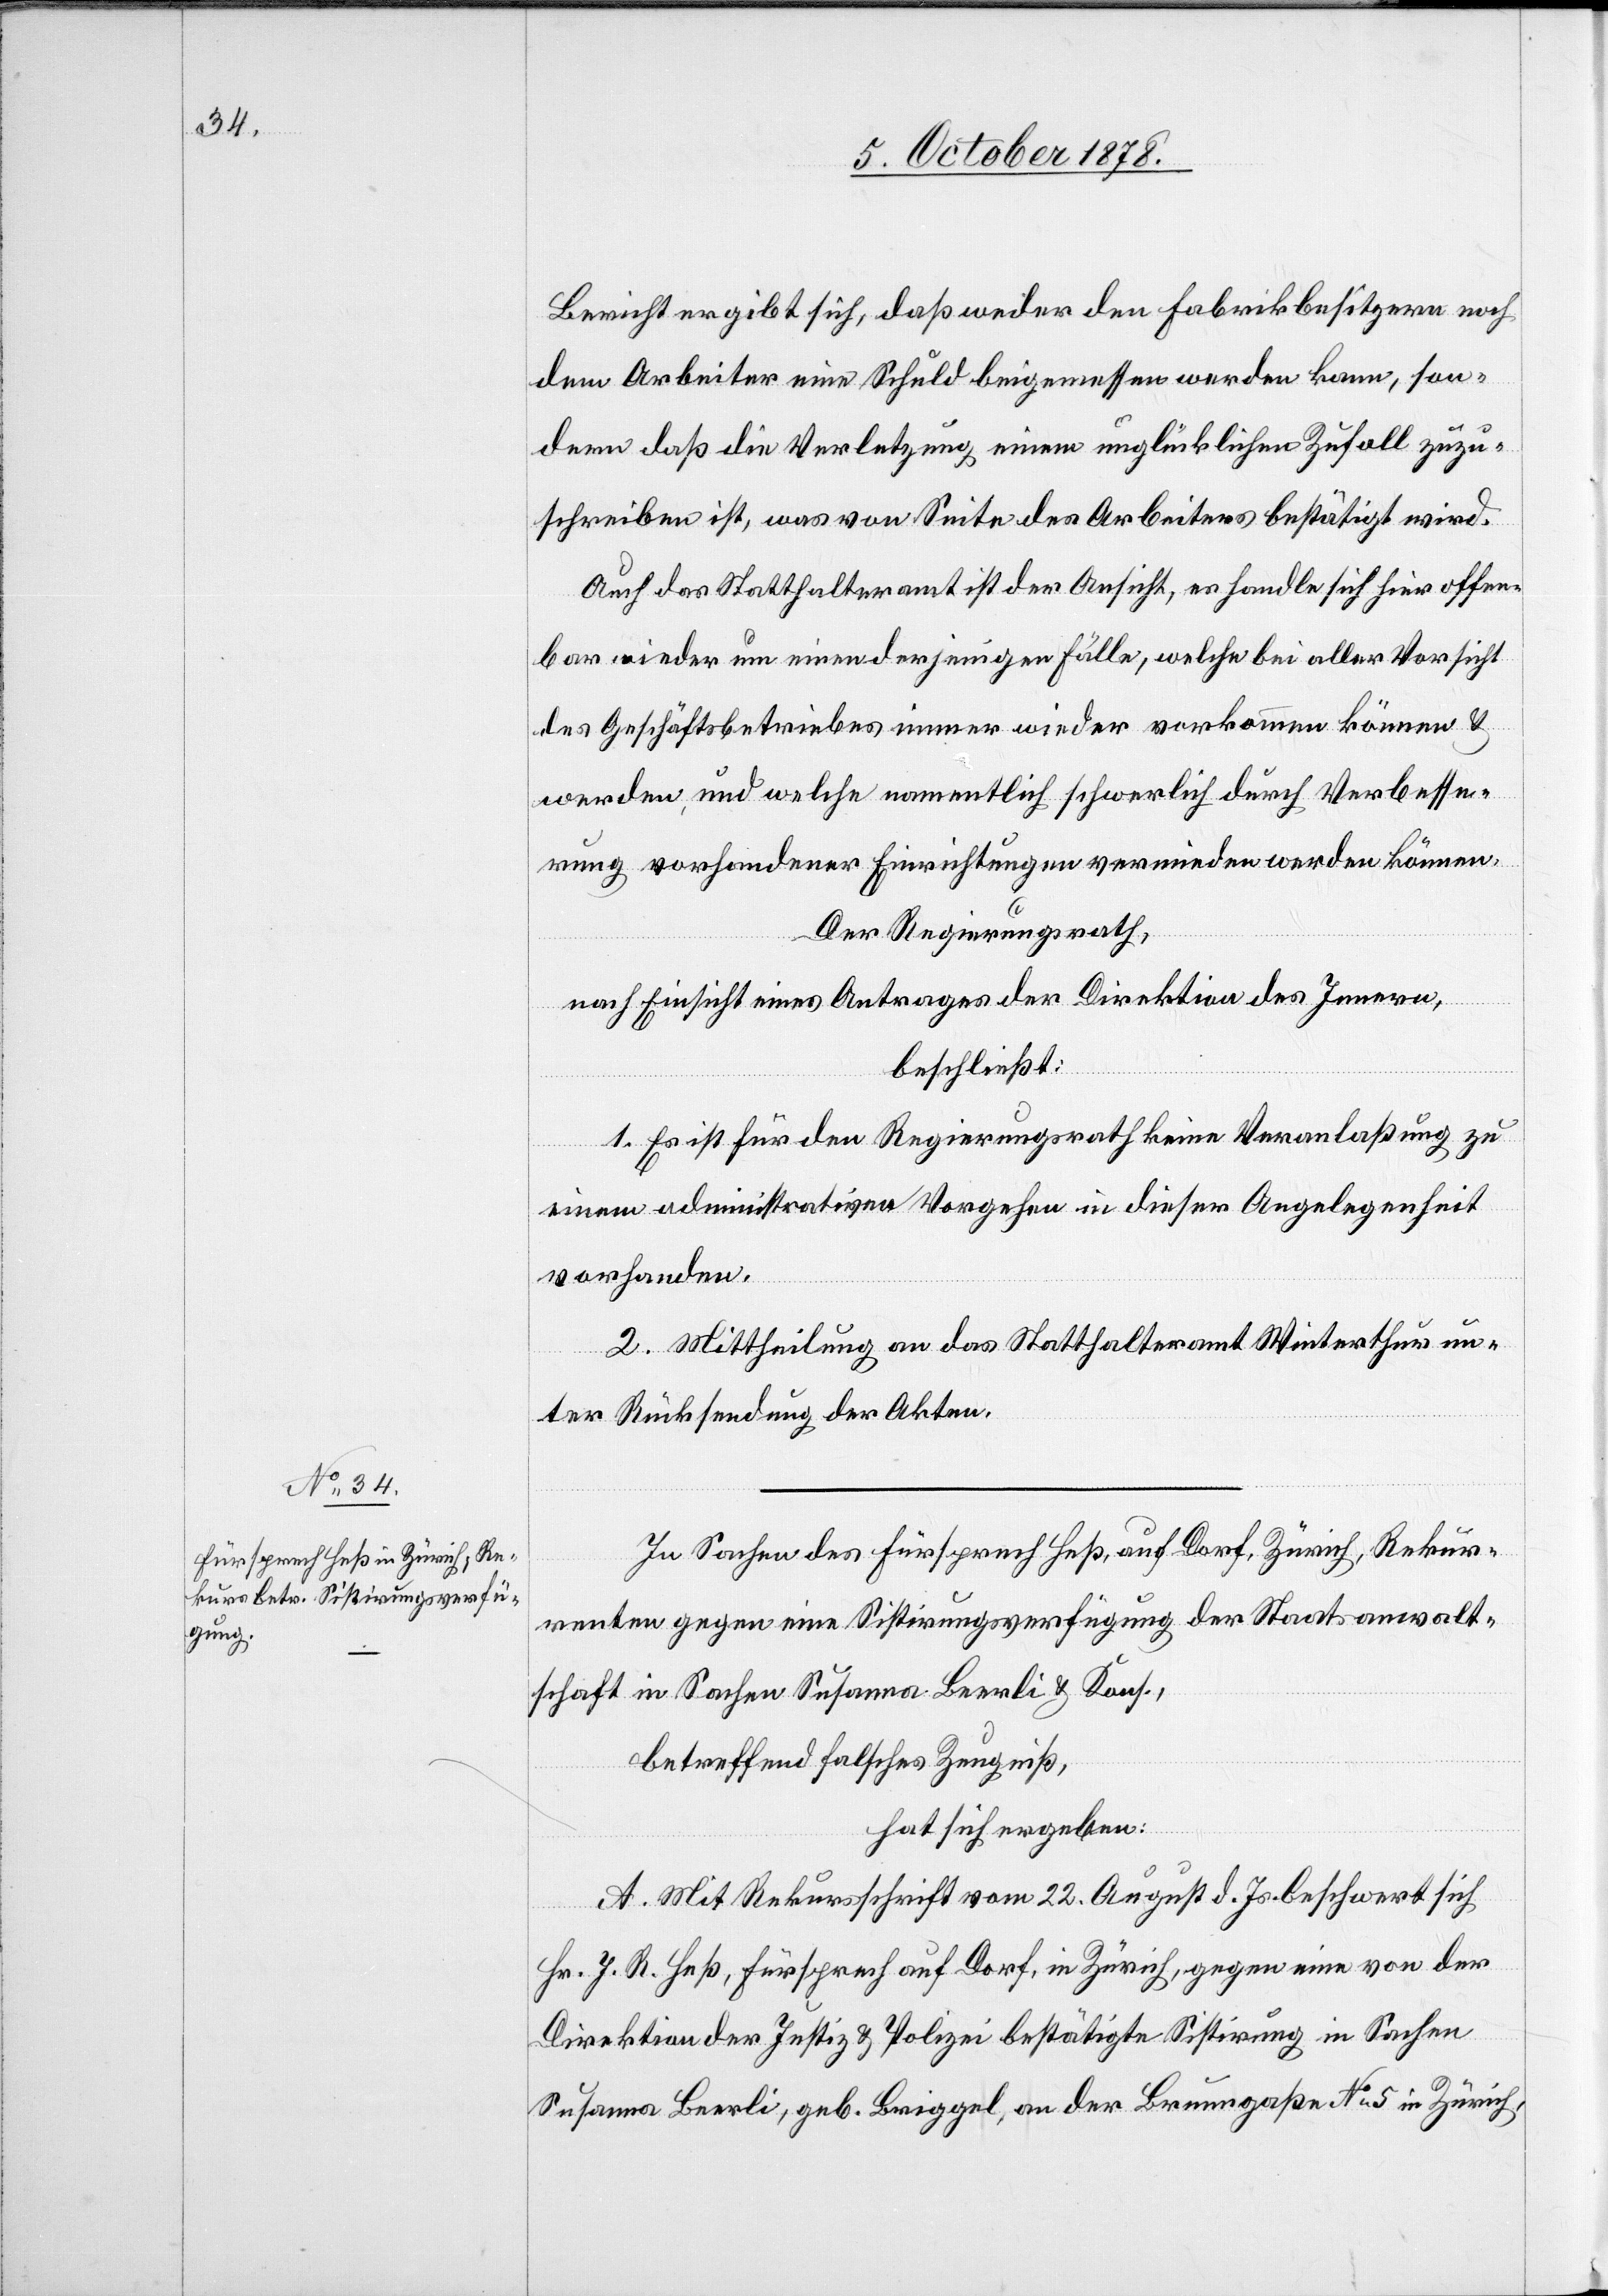
Bericht ergibt sich, daß weder den Fabrikbesitzern noch
dem Arbeiter eine Schuld beigemessen werden kann, son¬
dern daß die Verletzung einem unglücklichen Zufall zuzu¬
schreiben ist, was von Seite des Arbeiters bestätigt wird.
Auch das Statthalteramt ist der Ansicht, es handle sich hier offen¬
bar wieder um einen derjenigen Fälle, welche bei aller Vorsicht
des Geschäftsbetriebes immer wieder vorkommen können &
werden, und welche namentlich schwerlich durch Verbesse¬
rung vorhandener Einrichtungen vermieden werden können.
Der Regierungsrath,
nach Einsicht eines Antrages der Direktion des Innern,
beschließt:
1. Es ist für den Regierungsrath keine Veranlaßung zu
einem administrativen Vorgehen in dieser Angelegenheit
vorhanden.
2. Mittheilung an das Statthalteramt Winterthur un¬
ter Rücksendung der Akten.